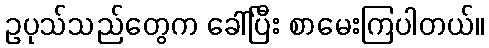
ဥပုသ်သည်တွေက ခေါ်ပြီး စာမေးကြပါတယ်။